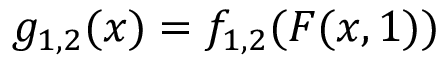
g _ { 1 , 2 } ( x ) = f _ { 1 , 2 } ( F ( x , 1 ) )